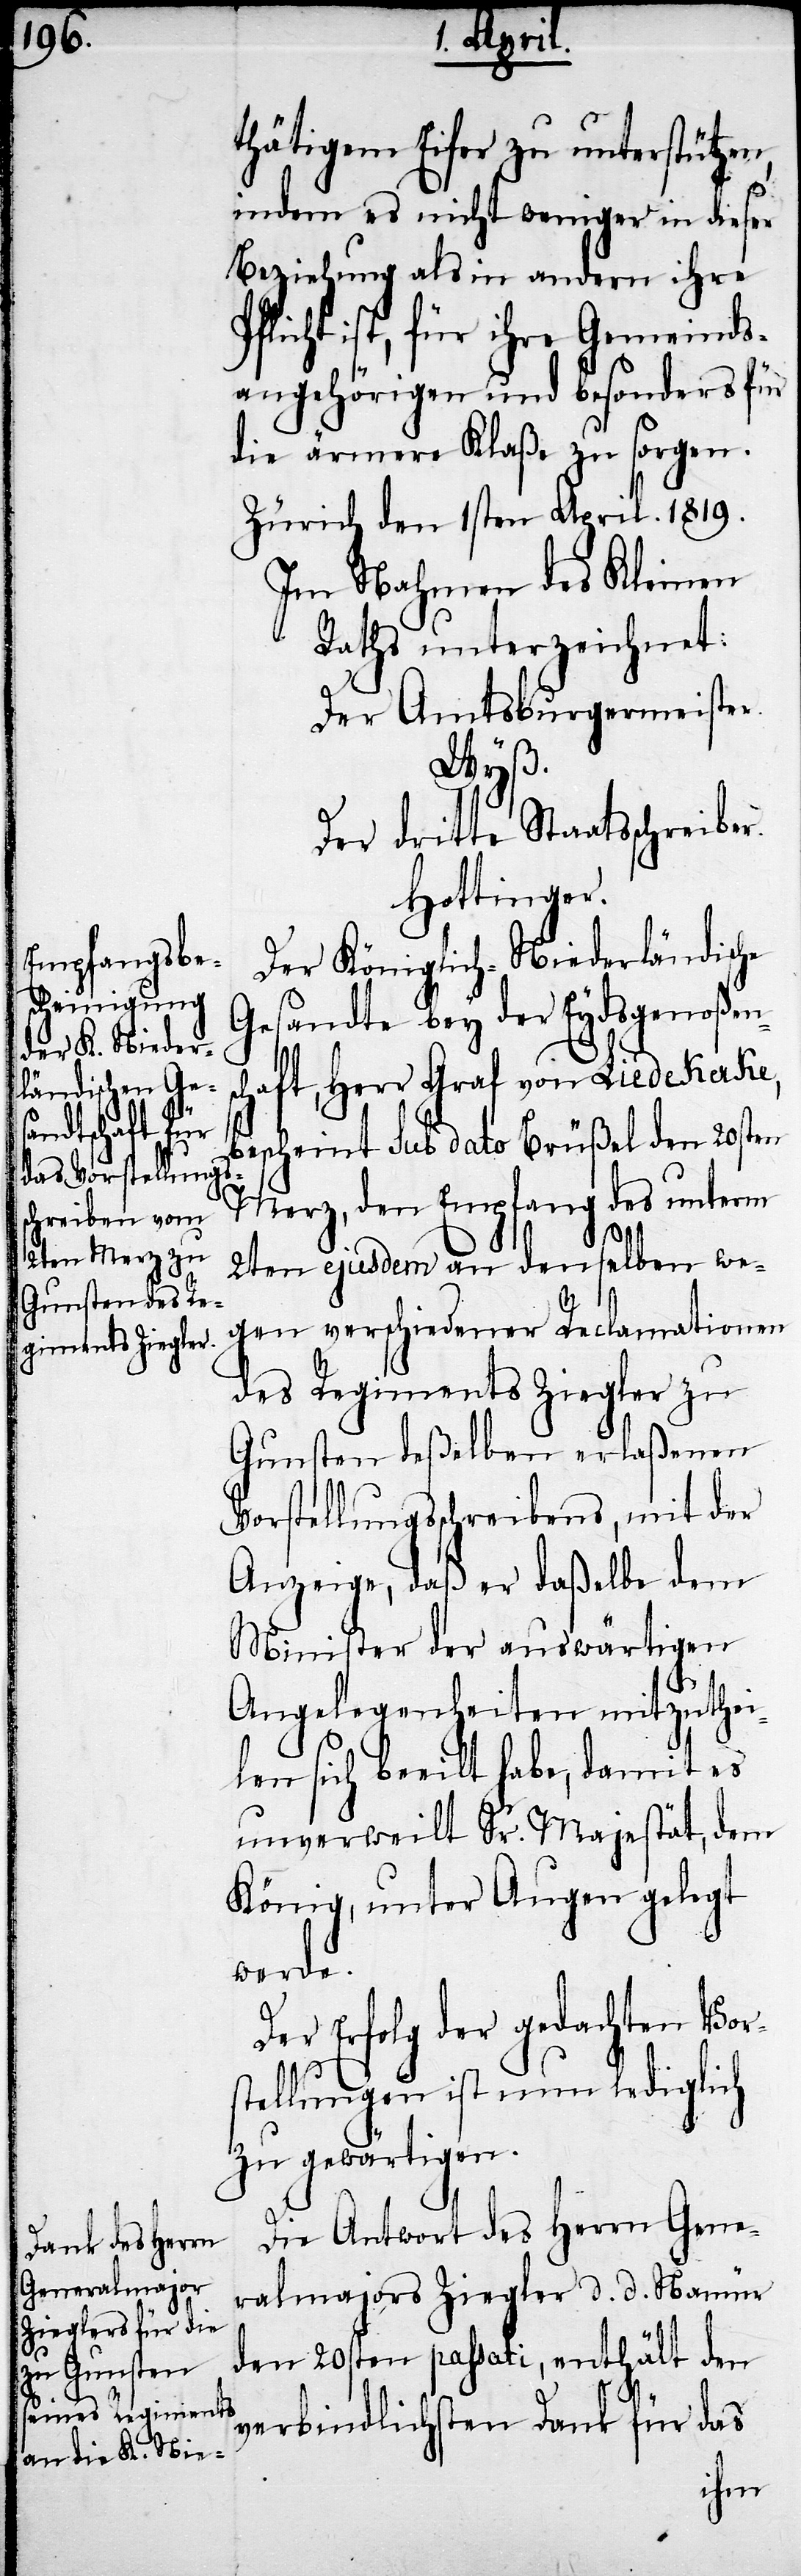
thätigem Eifer zu unterstütze¬
indem es nicht weniger in dieser
Beziehung als in andern ihre
licht ist, für ihre Gemeinds¬
angehörigen und besonders für
die ärmere Klaße zu sorgen.
Zürich den 1sten April. 1819.
Im Nahmen des Kleinen
Raths unterzeichnet:
Der Amtsburgermeister.
Wyß.
Der dritte Staatsschreiber.
Hottinger.
Der Königlich-Niederländische
Gesandte bey der Eydsgenoßens¬
chaft, Herr Graf von Liedekerke, b¬
escheint sub dato Brüßel den 20ten
Merz, den Empfang des unterm
2ten ejusdem an denselben we¬
Pf¬
gen verschiedener Reclamationen
des Regiments Ziegler zu
Gunsten deßelben erlaßenen
Vorstellungsschreibens, mit der
Anzeige, daß er daßelbe dem
Minister der auswärtigen
Angelegenheiten mitzuthei¬
len sich beeilt habe, damit es
unverweilt Sr. Majestät, dem
König, unter Augen gelegt
werde.
Der Erfolg der gedachten Vor¬
stellung ist nun lediglich
zu gewärtigen.
Die Antwort des Herrn Gene¬
ralmajors Ziegler d. d. Namür
den 20sten passati, enthält den
verbindlichsten Dank für das